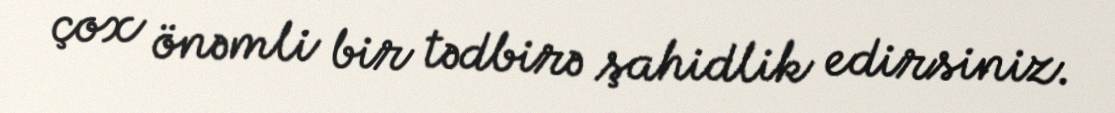
çox önəmli bir tədbirə şahidlik edirsiniz.